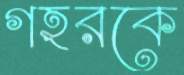
গহরকে